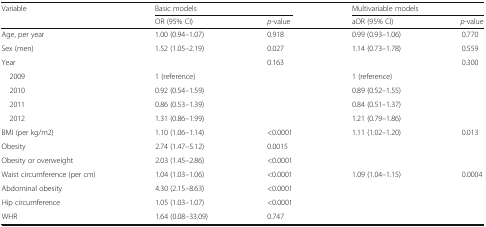
| Variable | <COLSPAN=2> Basic models | <COLSPAN=2> Multivariable models |
 |  | OR (95% CI) | p-value | aOR (95% CI) | p-value |
 | --- | --- | --- | --- | --- |
 | Age, per year | 1.00 (0.94–1.07) | 0.918 | 0.99 (0.93–1.06) | 0.770 |
 | Sex (men) | 1.52 (1.05–2.19) | 0.027 | 1.14 (0.73–1.78) | 0.559 |
 | Year |  | 0.163 |  | 0.300 |
 | 2009 | 1 (reference) |  | 1 (reference) |  |
 | 2010 | 0.92 (0.54–1.59) |  | 0.89 (0.52–1.55) |  |
 | 2011 | 0.86 (0.53–1.39) |  | 0.84 (0.51–1.37) |  |
 | 2012 | 1.31 (0.86–1.99) |  | 1.21 (0.79–1.86) |  |
 | BMI (per kg/m2) | 1.10 (1.06–1.14) | <0.0001 | 1.11 (1.02–1.20) | 0.013 |
 | Obesity | 2.74 (1.47–5.12) | 0.0015 |  |  |
 | Obesity or overweight | 2.03 (1.45–2.86) | <0.0001 |  |  |
 | Waist circumference (per cm) | 1.04 (1.03–1.06) | <0.0001 | 1.09 (1.04–1.15) | 0.0004 |
 | Abdominal obesity | 4.30 (2.15–8.63) | <0.0001 |  |  |
 | Hip circumference | 1.05 (1.03–1.07) | <0.0001 |  |  |
 | WHR | 1.64 (0.08–33.09) | 0.747 |  |  |